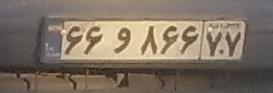
۶۶و۸۶۶۷۷